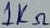
Text: 1KΩ